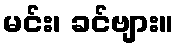
မင်း၊ ခင်ဗျား။